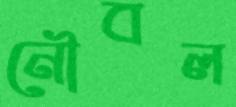
নৌবল